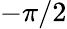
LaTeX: -\pi/2